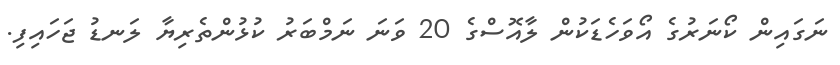
ނަގައިން ކޯނަރުގެ އޯވަހެޑަކުން ލާއޮސްގެ 20 ވަނަ ނަމްބަރު ކުޅުންތެރިޔާ ލަނޑު ޖަހައިފި.